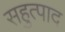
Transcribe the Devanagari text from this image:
सहुत्पाद